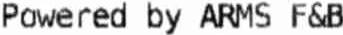
POWERED BY ARMS F&B